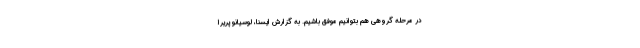
در مرحله گروهی هم بتوانیم موفق باشیم. به گزارش ایسنا، لوسیانو پریرا